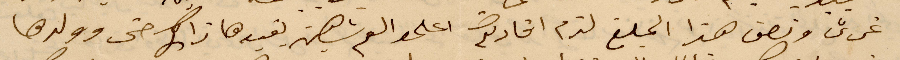
غرش ونصف هذا المبلغ لزم افادتكم اعلموا العم شهين يقيدها ذاك حتى وولدها